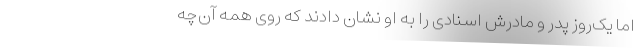
اما یک‌روز پدر و مادرش اسنادی را به او نشان دادند که روی همه آن‌چه